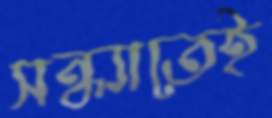
সন্ধ্যাতেই